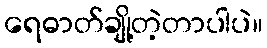
ရေဓာတ်ချို့တဲ့တာပါပဲ။